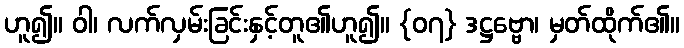
ဟူ၍။ ဝါ၊ လက်လှမ်းခြင်းနှင့်တူ၏ဟူ၍။ {၀၇} ဒဋ္ဌဗ္ဗော၊ မှတ်ထိုက်၏။